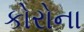
કોરોના